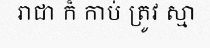
រាជា ក៏ កាប់ ត្រូវ ស្មា